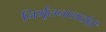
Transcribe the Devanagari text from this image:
निर्मूलनासाठीही